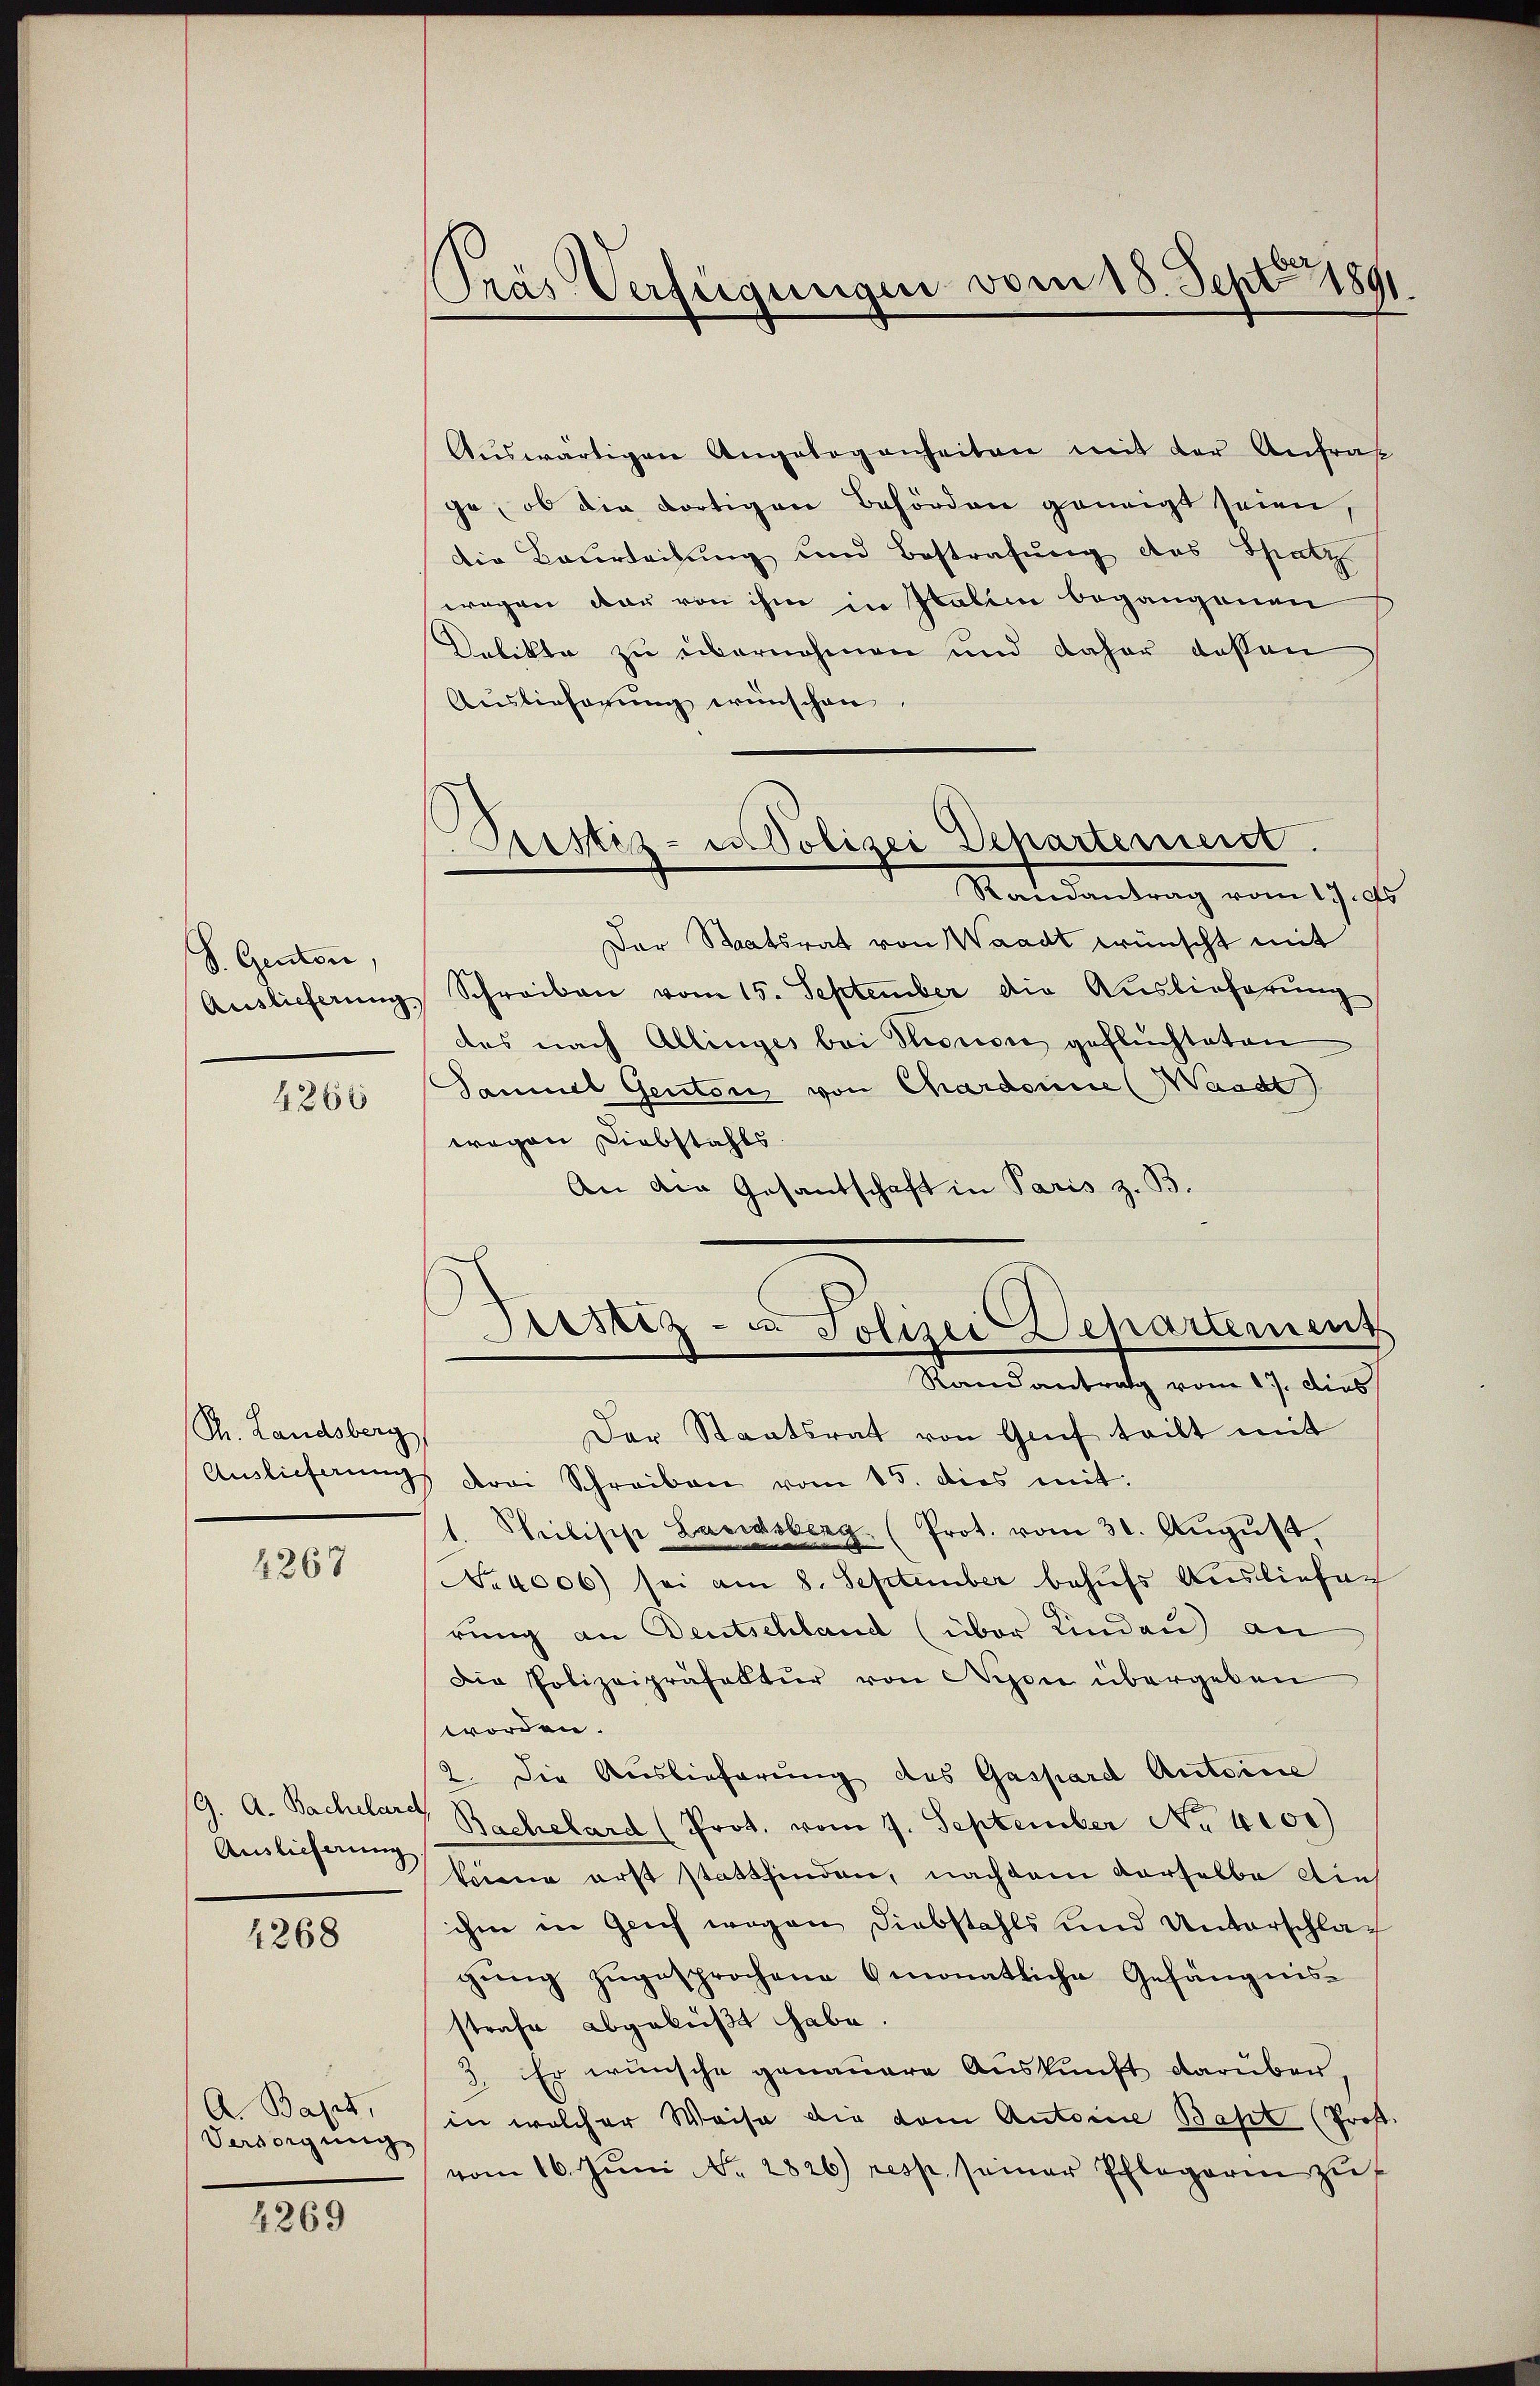
S. Genton
4866

Th. Landsberg

4267

Auslieferung.

1268

A. Bages,
Versorgung

4269

Tras Verfügungen vom 18. Sept 1891.

Justiz- u Polizei Departement.
Randantrag vom 17. d.

Aŭswärtigen Angelegenheiten mit der Anfrag
ge, ob die dortigen Behörden geneigt seien,
die Bauleitung und Bestrafung des Spatz
wegen dar von ihm in Italin begangenen
Delikte zu übernehmen und daher dessen
Auslieferung wünschen
Der Staatsrat von Waadt wünscht mit
Auslieferung Schreiben vom 15. September die Auslieferung
das nach Allinges bei Stonsre geflüchteten
Samuel Genton von Chardonne (Waadt
wegen Diebstahls
An die Gesantschaft in Paris z. B.
Justiz- u. Polizei Departement
Randantrag vom 17. dies
Der Staatsrat von Genf teilt mit
Auslieferŭng drei Schreiben vom 15. dies mit:
Philische Landsberg (Prot. vom 31. Aŭgŭst,
No 4006) sei am 8. September behufs Ausliefer
rung an Deutschland (über Lindau) an
Die Polizeipräfalltŭr von Nyon übergeben
worden.
2. Die Auslieferung des Gaspard Antoine
9. A. Bachelart Bachelard (Prot. vom 7. September No 4000)
keine erst stattfinden, nachdem derselbe dies
ihm in glich wegen Diebstahls und Unterschlagung zugesprochene 6 monatliche Gefängnisstrafe abgeküßt habe.
3. Er wünsche genauere Auskunft darüber
in welcher Weise die dem Antoine Bapt (Prof.
vom 16. Jŭni NNo. 2826) resp. seiner Pflegerin zu f